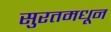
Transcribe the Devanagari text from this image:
सुरतमधून